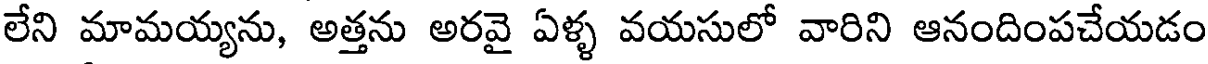
లేని మామయ్యను, అత్తను అరవై ఏళ్ళ వయసులో వారిని ఆనందింపచేయడం